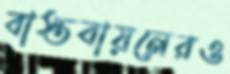
বাস্তবায়নেরও